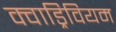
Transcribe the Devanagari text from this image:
क्वाड्रिवियम